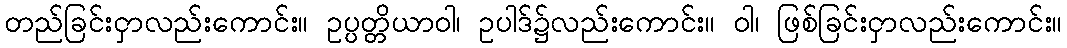
တည်ခြင်းငှာလည်းကောင်း။ ဥပ္ပတ္တိယာဝါ၊ ဥပါဒ်၌လည်းကောင်း။ ဝါ၊ ဖြစ်ခြင်းငှာလည်းကောင်း။